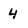
Character: 4